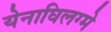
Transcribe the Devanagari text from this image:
येनाघिलग्मे